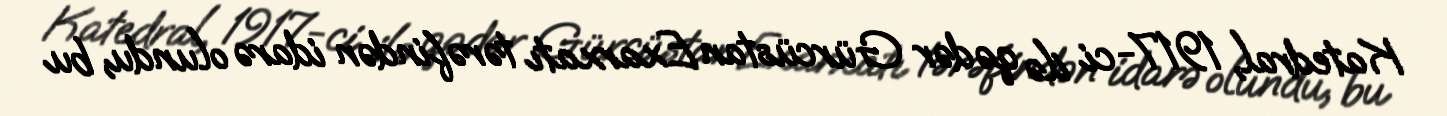
Katedral, 1917-ci ilə qədər Gürcüstan Exarxatı tərəfindən idarə olundu, bu